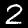
Digit: 2